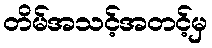
တိမ်အသင့်အတင့်မှ